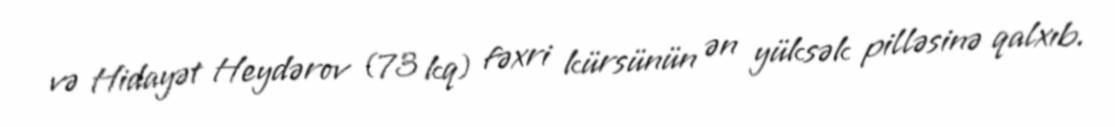
və Hidayət Heydərov (73 kq) fəxri kürsünün ən yüksək pilləsinə qalxıb.